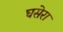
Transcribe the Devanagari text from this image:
घसेरा